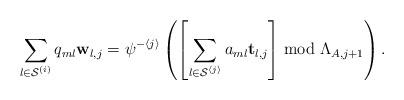
LaTeX: \begin{align*}\sum_{l\in\mathcal{S}^{\left(i\right)}}q_{ml}\mathbf{w}_{l,j}=\psi^{-\left\langle j\right\rangle }\left(\left[\sum_{l\in\mathcal{S}^{\left\langle j\right\rangle }}a_{ml}\mathbf{t}_{l,j}\right]\bmod\Lambda_{A,j+1}\right).\end{align*}